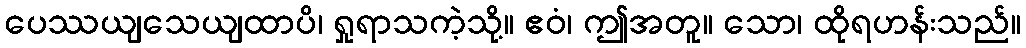
ပေဿယျသေယျထာပိ၊ ရှုရာသကဲ့သို့။ ဧဝံ၊ ဤအတူ။ သော၊ ထိုရဟန်းသည်။